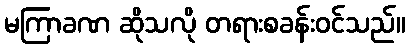
မကြာခဏ ဆိုသလို တရားစခန်းဝင်သည်။